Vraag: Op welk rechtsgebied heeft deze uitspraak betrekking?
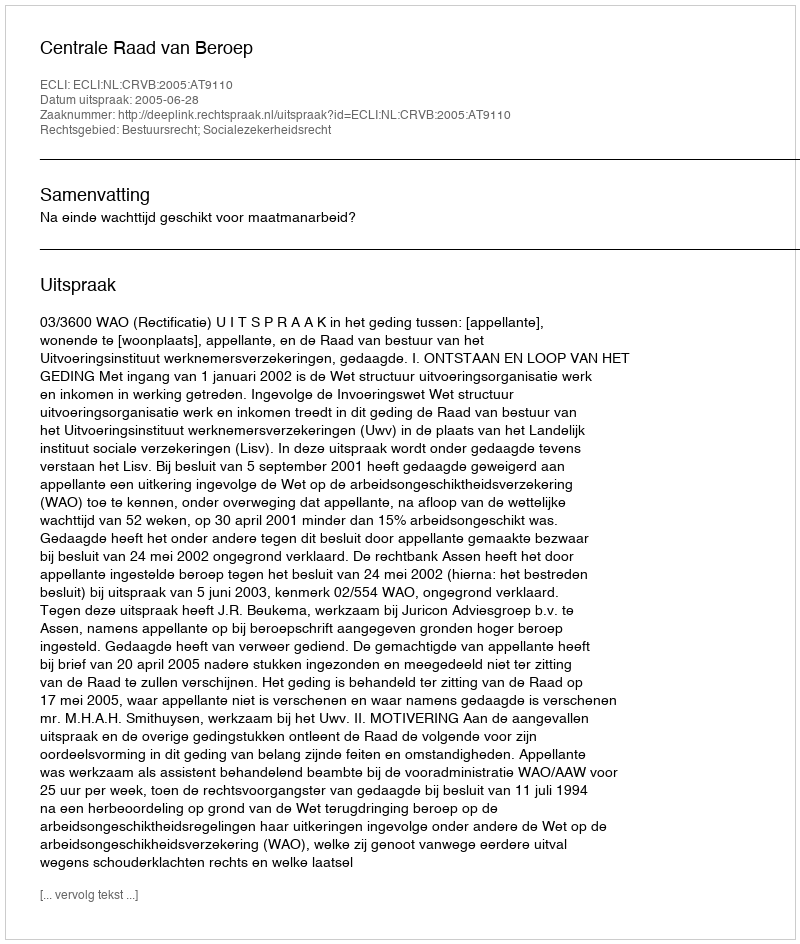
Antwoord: Bestuursrecht; Socialezekerheidsrecht